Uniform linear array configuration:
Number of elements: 32
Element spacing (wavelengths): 1
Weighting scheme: binomial
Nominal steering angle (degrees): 60
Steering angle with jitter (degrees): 59.092
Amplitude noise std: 0.05
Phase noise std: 0.05

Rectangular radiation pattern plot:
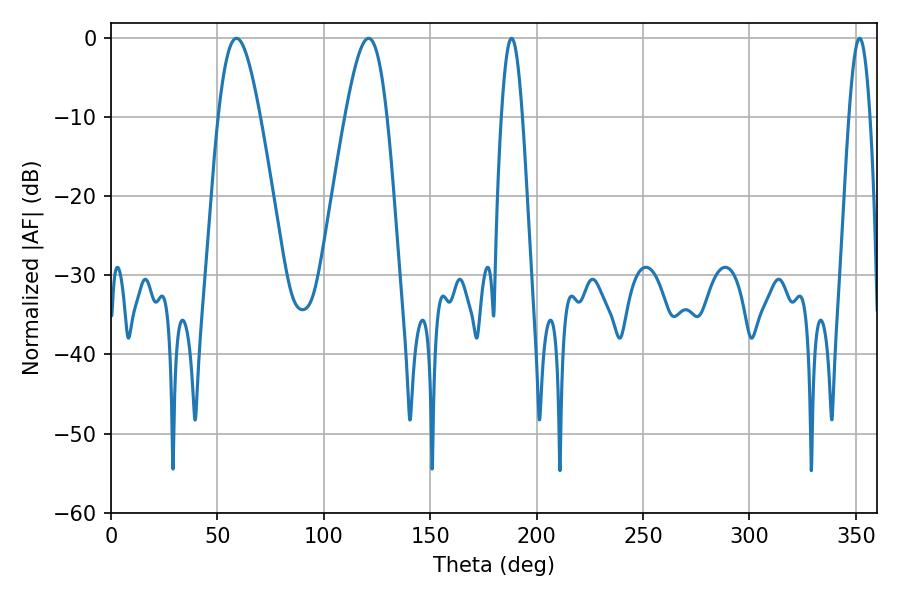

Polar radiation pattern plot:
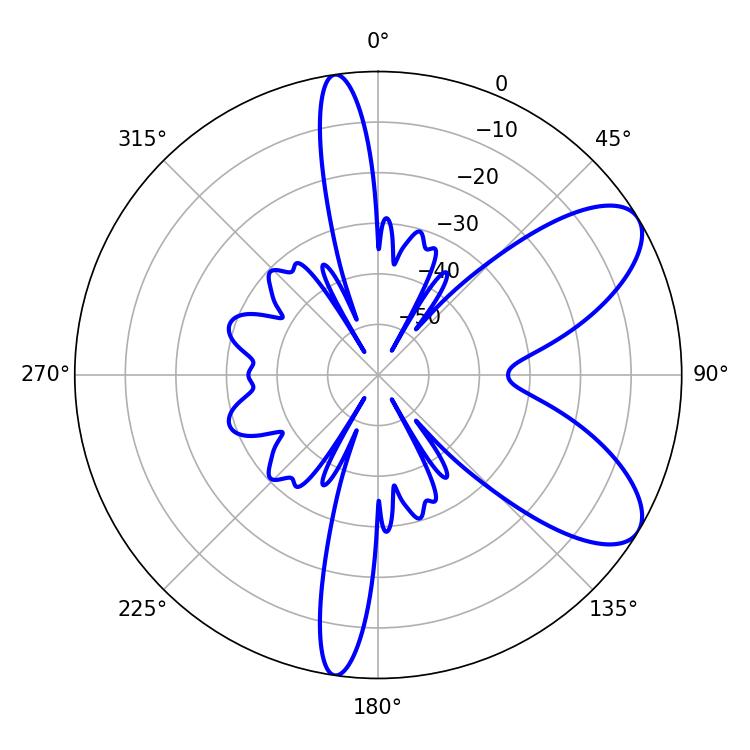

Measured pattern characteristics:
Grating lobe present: TRUE
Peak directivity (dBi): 8.009
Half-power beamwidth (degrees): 10.44
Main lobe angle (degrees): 59.04